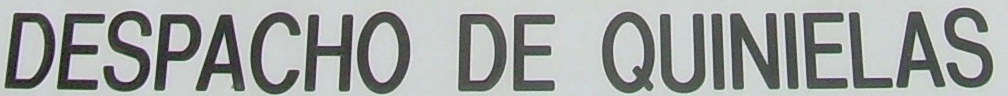
DESPACHO DE QUINIELAS